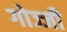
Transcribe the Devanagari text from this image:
गोज्जी